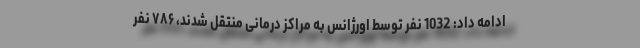
ادامه داد: 1032 نفر توسط اورژانس به مراکز درمانی منتقل شدند، ٧٨۶ نفر